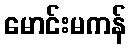
မောင်းမကန်